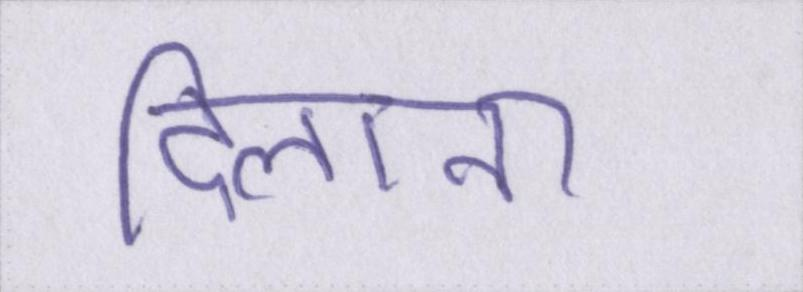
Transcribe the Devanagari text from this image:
दिलाना